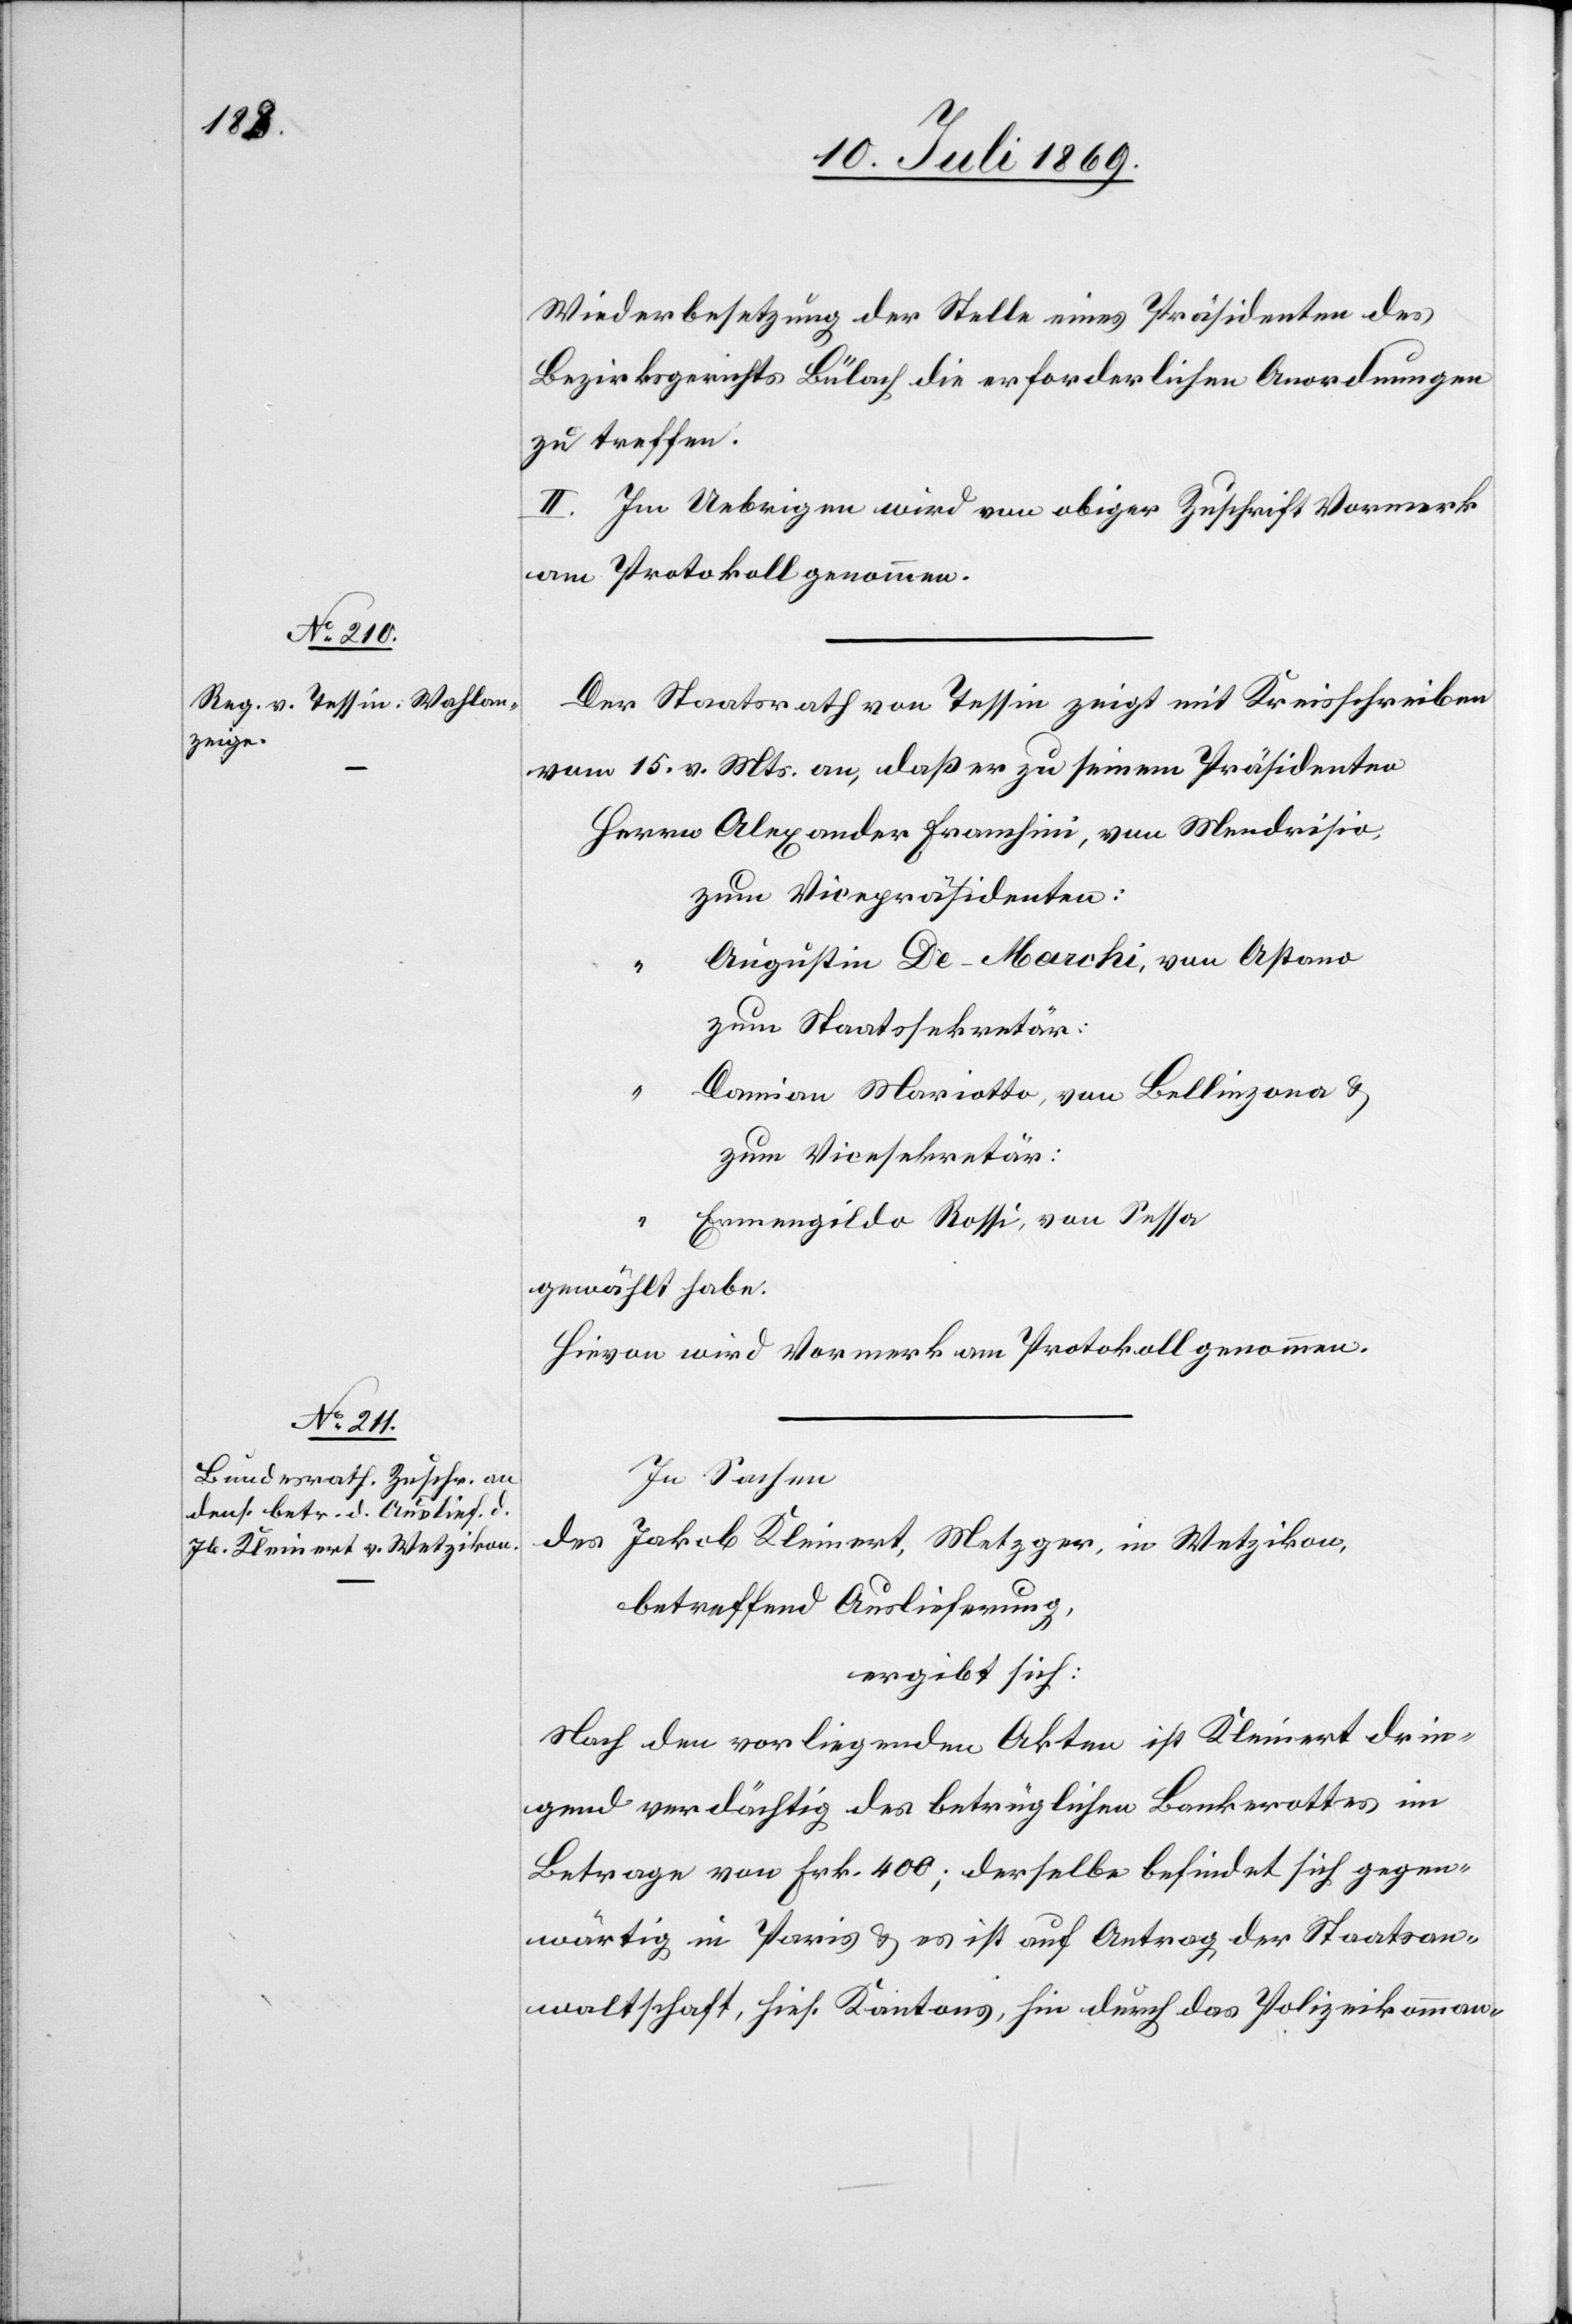
Wiederbesetzung der Stelle eines Präsidenten des
Bezirksgerichtes Bülach die erforderlichen Anordnungen
zu treffen.
II. Im Uebrigen wird von obiger Zuschrift Vormerk
am Protokoll genommen.
Der Staatsrath von Tessin zeigt mit Kreisschreiben
vom 15 v. Mts. an, daß er zu seinem Präsidenten
Herrn	Alexander Franzhini, von Mendrisio,
zum Vicepräsidenten:
“		Augustin De-Marchi, von Astano
zum Staatssekretär
“		Damian Mariotto, von Bellinzona u.
zum Vicesekretär:
“		Emengildo Rossi, von Sessa
gewählt habe.
Hievon wird Vormerk am Protokoll genommen.
In Sachen
des
Jakob Kleinert, Metzger, in Wetzikon,
betreffend Auslieferung,
ergibt sich:
Nach den vorliegenden Akten ist Kleinert drin¬
gend verdächtig des betrüglichen Bankrottes im
Betrage von Frk. 400; derselbe befindet sich gegen¬
wärtig in Paris u. es ist auf Antrag der Staatsan¬
waltschaft, hies. Kantons, hin durch das Polizeikomman-